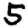
Digit: 5